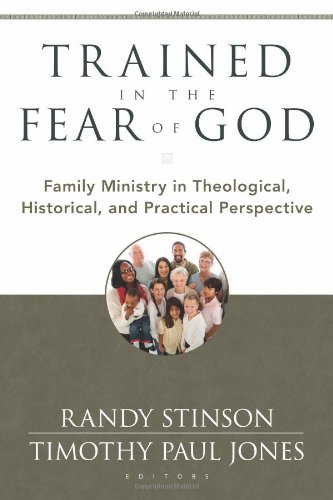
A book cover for Trained in the Fear of God: Family Ministry in Theological, Historical, and Practical Perspective; Randy Stinson; Christian Books & Bibles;